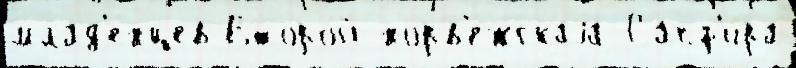
млад'е́нцев Второ́й норв'е́жскаjа Сапф'и́ра